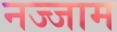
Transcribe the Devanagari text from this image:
नज्जाम